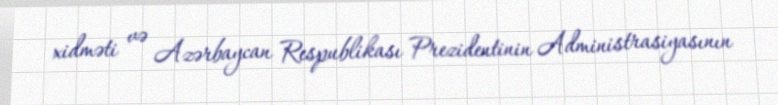
xidməti və Azərbaycan Respublikası Prezidentinin Administrasiyasının